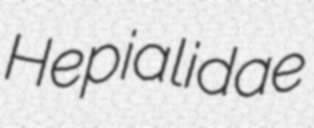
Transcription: Hepialidae